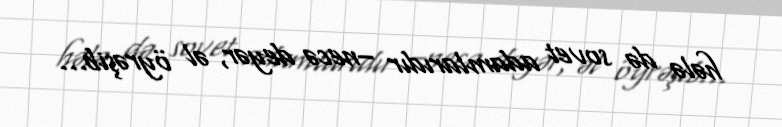
hələ də sovet adamlarıdır –necə deyər, əl öyrəşib...